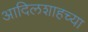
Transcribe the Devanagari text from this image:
आदिलशाहच्या